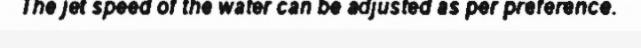
The jet speed of the water can be adjusted as per preference.